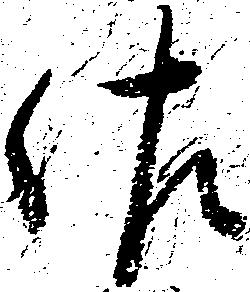
佐